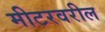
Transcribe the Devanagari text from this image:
मीटरवरील